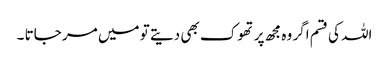
اللہ کی قسم اگر وہ مجھ پر تھوک بھی دیتے تو میں مر جاتا ۔